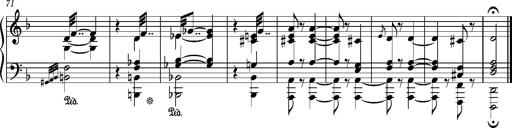
Title: Puszta Wehmut â€“ A puszta keserve
Composer: Franz Liszt
Key: D minor